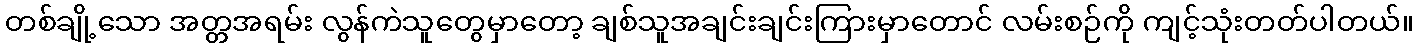
တစ်ချို့သော အတ္တအရမ်း လွန်ကဲသူတွေမှာတော့ ချစ်သူအချင်းချင်းကြားမှာတောင် လမ်းစဉ်ကို ကျင့်သုံးတတ်ပါတယ်။